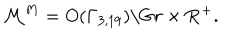
LaTeX: { \cal M } ^ { M } = O ( \Gamma _ { 3 , 1 9 } ) \backslash G r \times { \bf R } ^ { + } .